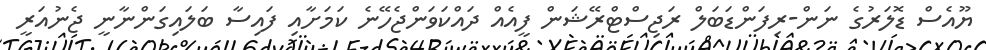
ޔޫއެސް ޑޮލަރުގެ ނަން-ރިފަންޑަބަލް ރަޖިސްޓްރޭޝަން ފީއެއް ދައްކަވަންޖެހޭނެ ކަމަށާއި ފައިސާ ބަލައިގަންނާނީ ޖެނުއަރީ